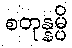
စတုန္နမ္ပိ